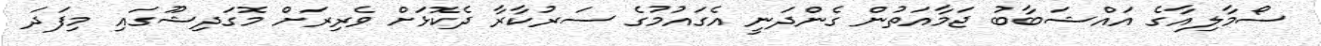
ސޯމާލިއާގެ އައްޝަބާބު ޖަމާއަތުން ގެންދަނީ އެގައުމުގެ ސަރުކާރާ ދެކޮޅަށް ވެރިރަށް މޮގަދިޝޫގައި މިފަދަ